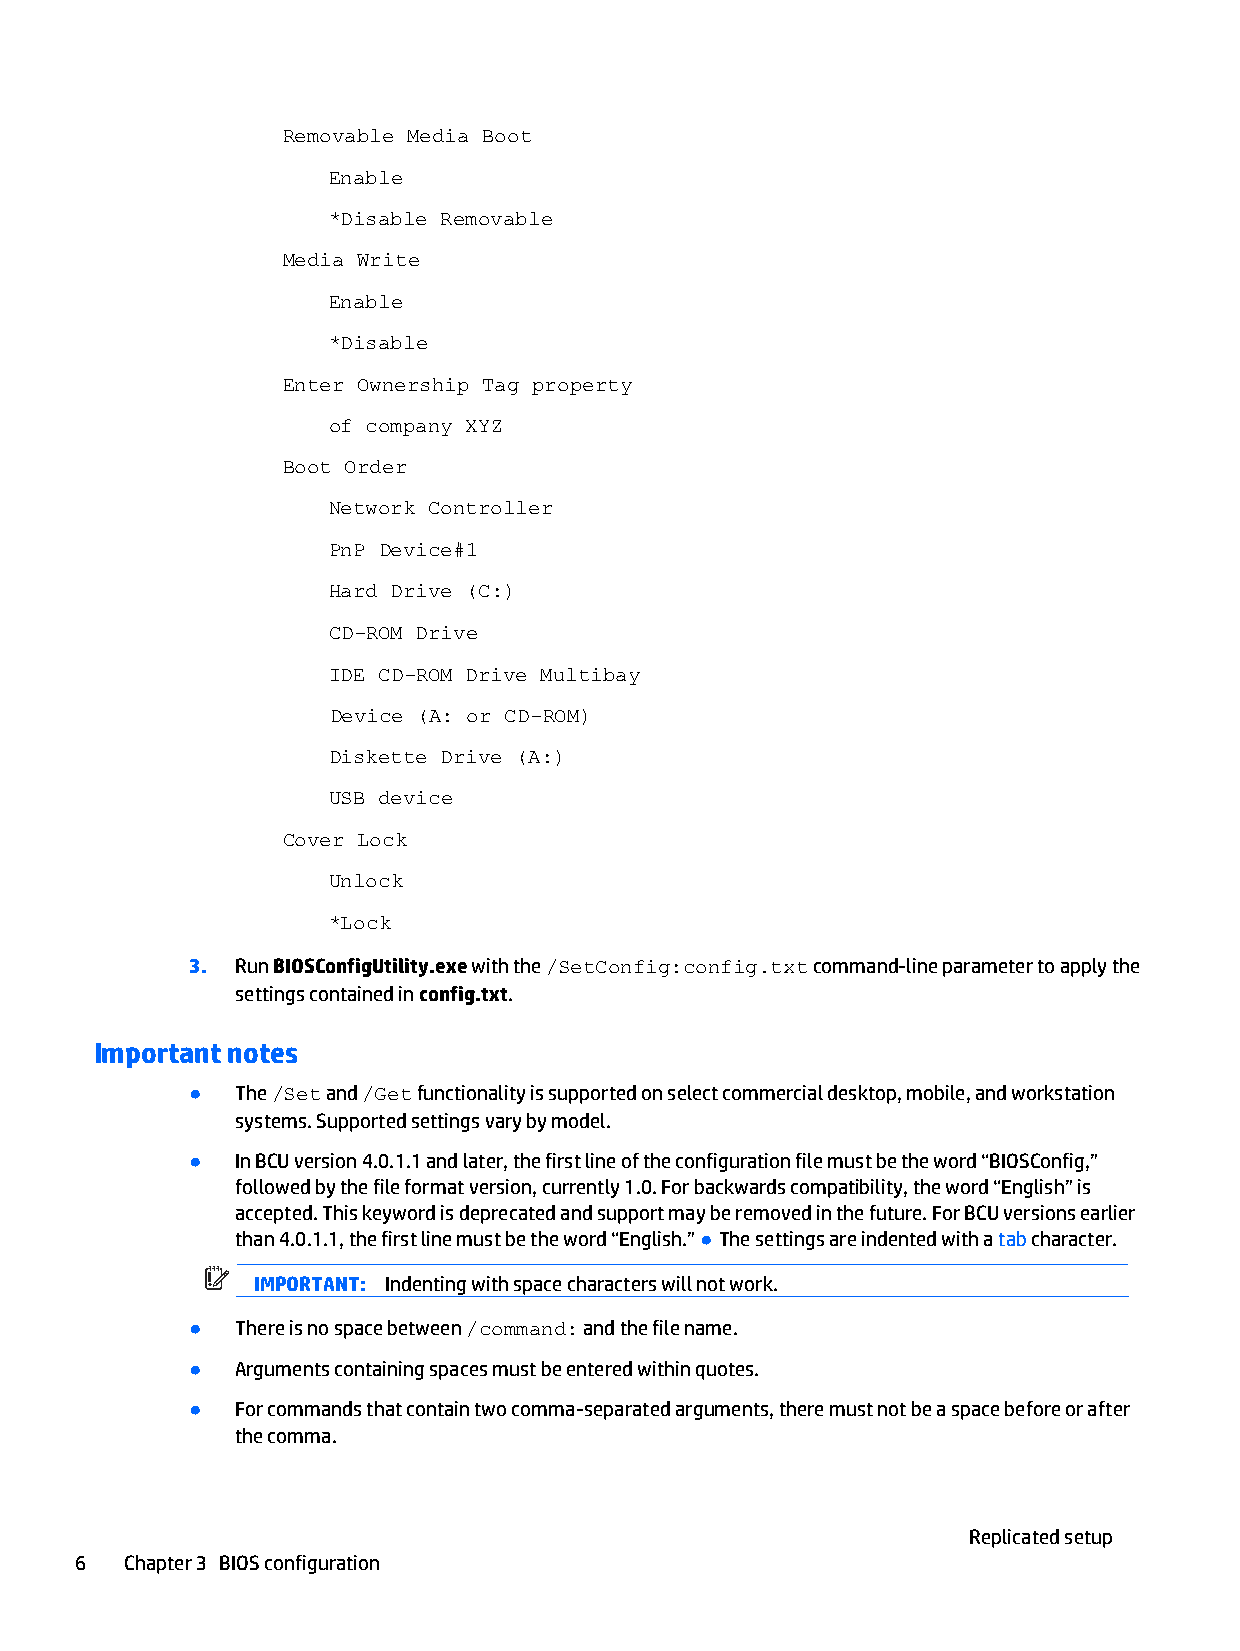
Removable Media Boot
 Enable
 *Disable Removable
 Media Write
 Enable
 *Disable
 Enter Ownership Tag property
 of company XYZ
 Boot Order
 Network Controller
 PnP Device#1
 Hard Drive (C:)
 CD-ROM Drive
 IDE CD-ROM Drive Multibay
 Device (A: or CD-ROM)
 Diskette Drive (A:)
 USB device
 Cover Lock
 Unlock
 *Lock
 3. Run BIOSConfigUtility.exe with the /SetConfig:config.txt command-line parameter to apply the
 settings contained in config.txt.
 Important notes
 ●  The /Set and /Get functionality is supported on select commercial desktop, mobile, and workstation
 systems. Supported settings vary by model.
 ●  In BCU version 4.0.1.1 and later, the first line of the configuration file must be the word “BIOSConfig,”
 followed by the file format version, currently 1.0. For backwards compatibility, the word “English” is
 accepted. This keyword is deprecated and support may be removed in the future. For BCU versions earlier
 than 4.0.1.1, the first line must be the word “English.” ● The settings are indented with a tab character.
 IMPORTANT: Indenting with space characters will not work.
 ●  There is no space between /command: and the file name.
 ●  Arguments containing spaces must be entered within quotes.
 ●  For commands that contain two comma-separated arguments, there must not be a space before or after
 the comma.
 Replicated setup
 6  Chapter 3 BIOS configuration